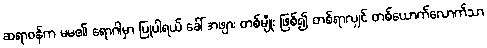
ဆရာဝန်က မမ၏ ရောဂါမှာ ပြုပါရယ် ခေါ် အဖျား တစ်မျိုး ဖြစ်၍ တစ်ရာလျှင် တစ်ယောက်လောက်သာ